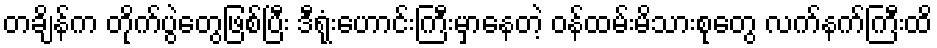
တချိန်က တိုက်ပွဲတွေဖြစ်ပြီး ဒီရုံးဟောင်းကြီးမှာနေတဲ့ ဝန်ထမ်းမိသားစုတွေ လက်နက်ကြီးထိ